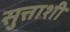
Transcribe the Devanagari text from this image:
सुत्ताशी